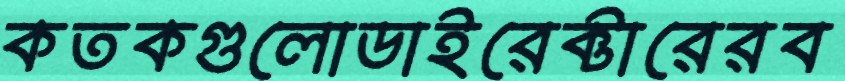
কতকগুলোডাইরেক্টারেরব